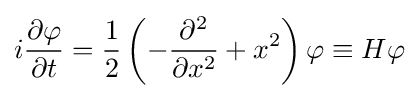
i{\frac {\partial \varphi }{\partial t}}={\frac {1}{2}}\left(-{\frac {\partial ^{2}}{\partial x^{2}}}+x^{2}\right)\varphi \equiv H\varphi